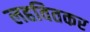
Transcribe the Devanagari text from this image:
लहवितकर